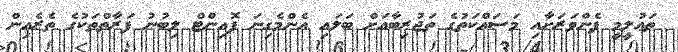
ތަޢުލީމީ ފެންވަރަށާއި މަސައްކަތުގެ ތަޖުރިބާއަށް ބަލައި އެންމެގިނަ ޕޮއިންޓް ލިބުނު ފަރާތްތަކުގެ ތެރެއިން